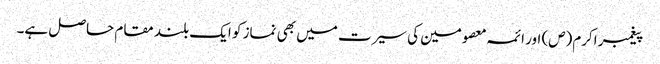
پیغمبر اکرم(ص) اور ائمہ معصومین کی سیرت میں بھی نماز کو ایک بلند مقام حاصل ہے۔